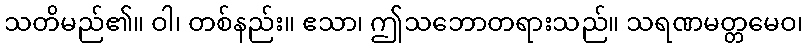
သတိမည်၏။ ဝါ၊ တစ်နည်း။ ဧသာ၊ ဤသဘောတရားသည်။ သရဏမတ္တမေဝ၊